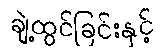
ချဲ့ထွင်ခြင်းနှင့်